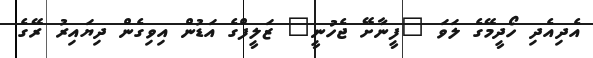
އެދިއެދި ހޯދީމޭގެ ލަވަ "ފީނާށޭ ޖެހުނީ" ޒަލީފްގެ އަޑުން އިވިގެން ދިޔައިރު ރޭގެ